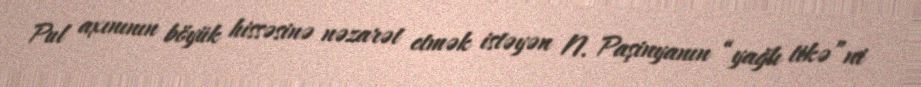
Pul axınının böyük hissəsinə nəzarət etmək istəyən N. Paşinyanın “yağlı tikə”ni